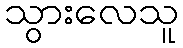
သွားလေသူ